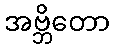
အဗ္ဘိတော